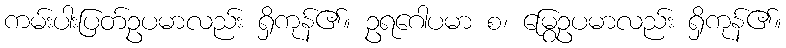
ကမ်းပါးပြတ်ဥပမာလည်း ရှိကုန်၏။ ဥရဂေါပမာ စ၊ မြွေဥပမာလည်း ရှိကုန်၏။